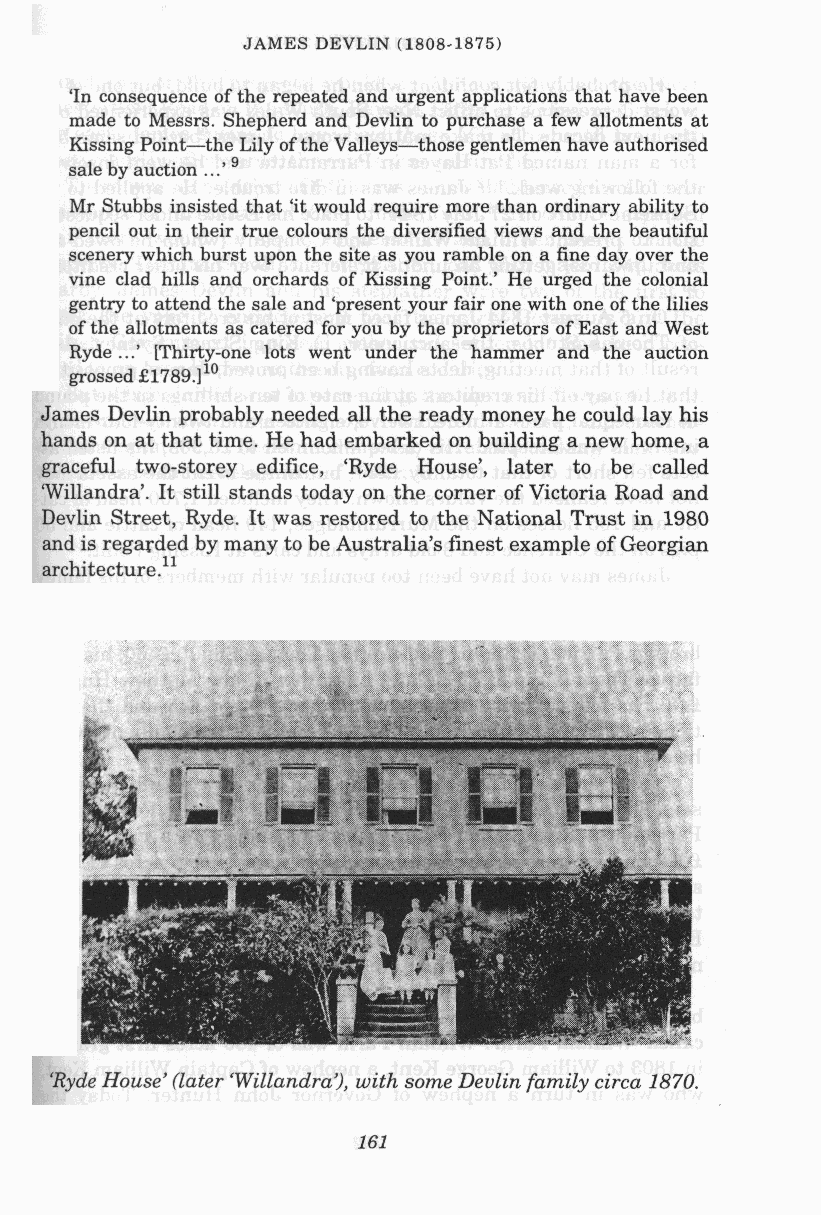
3 Uevlin probably needed all the ready money he could lay his
 ; on at that time. He had embarked on building a new home, a
 Ful two-storey edifice, 'Ryde House', later to be called
 'illandra'. It still stands today on the corner of Victoria Road and
 :din Street, Ryde. It was restored to the National Trust in 1980
 d is regarded by many to be Australia's finest example of Georgian
 chitecture.ll
 lyde House' (later 'Willandra'),w ith some Devlin family circa 1870.
 161